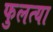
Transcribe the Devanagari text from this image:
फुलत्या